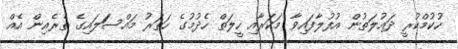
ހުކުމްކުރީ ދައުލަތުން އުފުލާފައިވާ މަކަރާއި ހީލަތް ހެދުމުގެ ހަތަރު މައްސަަލައިގެ ތެރެއިން އެއް